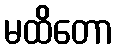
မထိတော